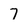
Character: 7